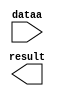
module mult_mass05_08 (
	dataa,
	result);

	input	[9:0]  dataa;
	output	[13:0]  result;

endmodule